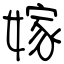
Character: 嫁